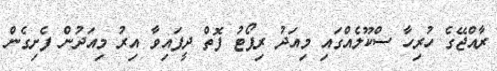
ރާއްޖޭގެ ހުރިހާ ސްކޫލެއްގައި މިއަދު ރިޕޯޓު ފޮތް ދީފައިވާ އިރު މިއަދުން ފެށިގެން